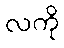
လကို